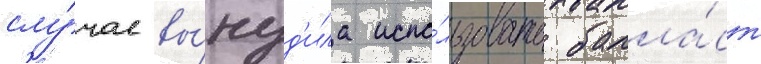
слу́чае вы́нуд'ила испо́льзовать балла́ст